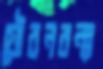
যৌবনবন্যা